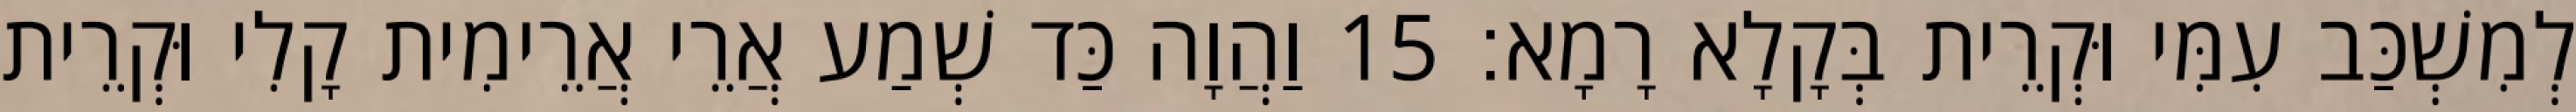
לְמִשְׁכַּב עִמִּי וּקְרֵית בְּקָלָא רָמָא׃ 15 וַהֲוָה כַּד שְׁמַע אֲרֵי אֲרֵימִית קָלִי וּקְרֵית